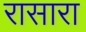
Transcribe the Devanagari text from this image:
रासारा